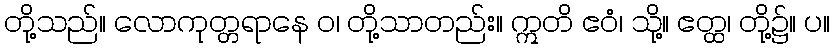
တို့သည်။ လောကုတ္တရာနေ ဝ၊ တို့သာတည်း။ ဣတိ ဧဝံ၊ သို့။ ဧတ္ထ၊ တို့၌။ ပ။